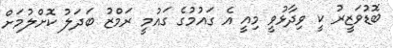
ބޮޑުވަޒީރު ކީ ވިދާޅުވީ މިއީ އެ ގައުމުގެ ގައުމީ ރަމްޒު ބަދަލު ކޮށްލުމަށް